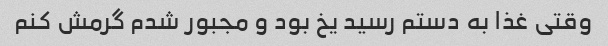
وقتی غذا به دستم رسید یخ بود و مجبور شدم گرمش کنم